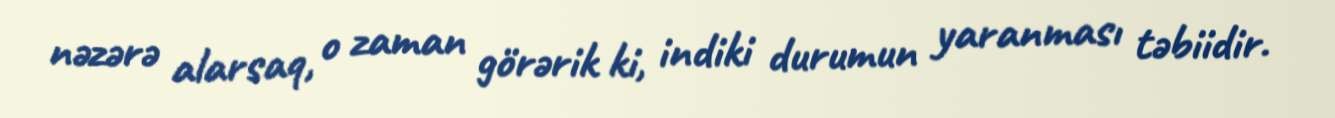
nəzərə alarsaq, o zaman görərik ki, indiki durumun yaranması təbiidir.